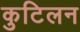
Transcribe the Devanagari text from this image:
कुटिलन